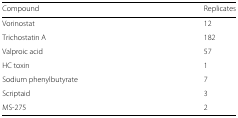
<table><thead><tr><td><b>Compound</b></td><td><b>Replicates</b></td></tr></thead><tbody><tr><td>Vorinostat</td><td>12</td></tr><tr><td>Trichostatin A</td><td>182</td></tr><tr><td>Valproic acid</td><td>57</td></tr><tr><td>HC toxin</td><td>1</td></tr><tr><td>Sodium phenylbutyrate</td><td>7</td></tr><tr><td>Scriptaid</td><td>3</td></tr><tr><td>MS-275</td><td>2</td></tr></tbody></table>